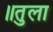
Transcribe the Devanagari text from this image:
॥तुला